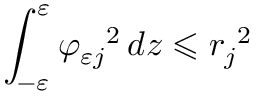
\int _ { - \varepsilon } ^ { \varepsilon } { \varphi _ { \varepsilon j } } ^ { 2 } \mathop { } \! { d { z } } \leqslant { r _ { j } } ^ { 2 }